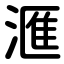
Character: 滙